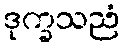
ဒုက္ခသညံ